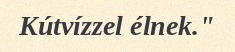
Kútvízzel élnek."